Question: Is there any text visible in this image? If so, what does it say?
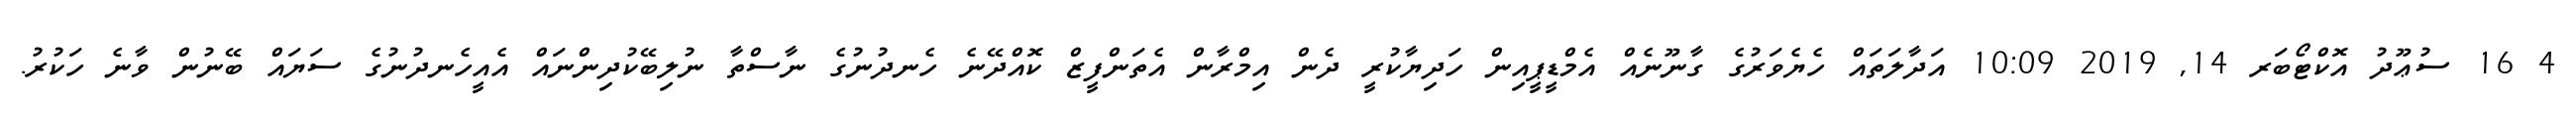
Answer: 4 16 ސުޢޫދު އޮކްޓޯބަރ 14, 2019 10:09 އަދާލަތައް ހެޔެވަރުގެ ގާނޫނެއް އެމްޑީޕީއިން ހަދިޔާކުރީ ދެން އިމްރާން އެތަންފީޒް ކޮއްދޭނެ ހެނދުނުގެ ނާސްތާ ނުލިބޭކުދިންނައް އެއީހެނދުނުގެ ސަޔައް ބޭނުން ވާނެ ހަކުރު.